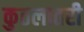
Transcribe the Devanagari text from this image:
कुठलातरी